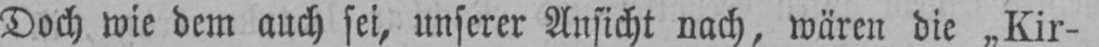
Doch wie dem auch sei, unserer Ansicht nach, wären die „Kir-